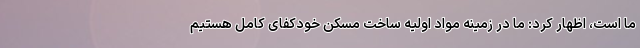
ما است، اظهار کرد: ما در زمینه مواد اولیه ساخت مسکن خودکفای کامل هستیم